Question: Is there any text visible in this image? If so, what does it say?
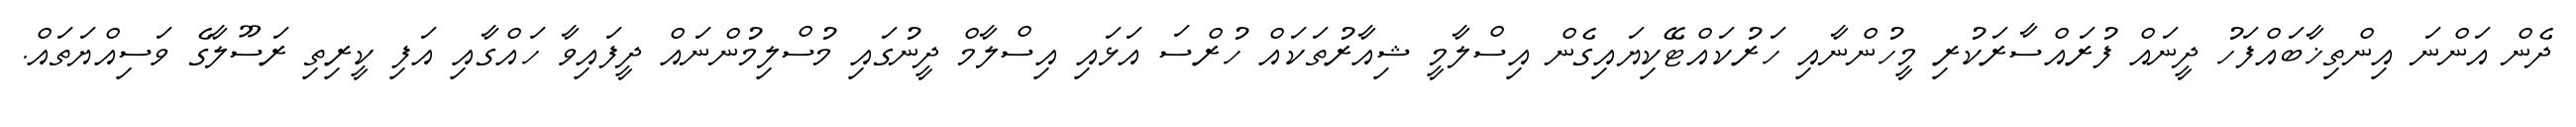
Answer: ދެން އަންނަ އިންތިޚާބައްފަހު ދީނައް ފުރައްސާރަކުރި މީހުންނާއި ހަރުކައްޓޭކިޔައިގެން އިސްލާމީ ޝިއާރުތަކައް ހުރްސަ އަޅައި އިސްލާމް ދީނުގައި މުސްލިމުންނައް ދީފައިވާ ހައްގާއި އަފި ކީރިތި ރަސޫލާގެ ވަސިއްޔަތައް.